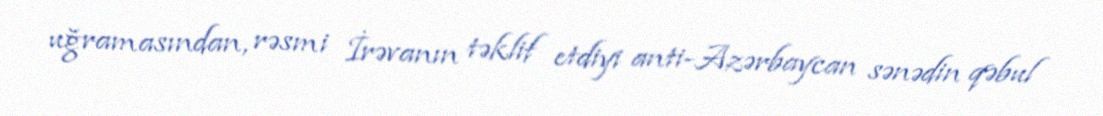
uğramasından, rəsmi İrəvanın təklif etdiyi anti-Azərbaycan sənədin qəbul